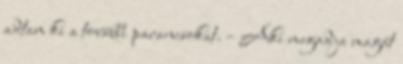
adtam ki a további parancsokat. – Aki megadja magát